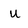
Character: u